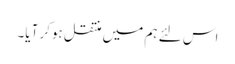
اس لئے ہم میں منتقل ہوکر آیا۔